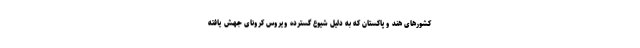
کشورهای هند و پاکستان که به دلیل شیوع گسترده ویروس کرونای جهش یافته